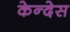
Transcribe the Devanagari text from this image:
केन्देस